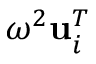
\omega ^ { 2 } \mathbf { u } _ { i } ^ { T }